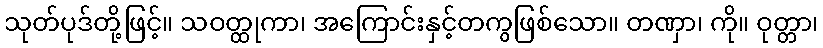
သုတ်ပုဒ်တို့ဖြင့်။ သဝတ္ထုကာ၊ အကြောင်းနှင့်တကွဖြစ်သော။ တဏှာ၊ ကို။ ဝုတ္တာ၊